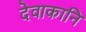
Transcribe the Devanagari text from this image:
देवाकानि